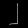
Digit: ၂